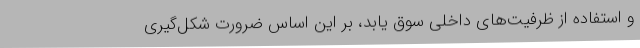
و استفاده از ظرفیت‌های داخلی سوق یابد، بر این اساس ضرورت شکل‌گیری